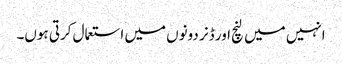
انہیں میں لنچ اور ڈنر دونوں میں استعمال کرتی ہوں۔